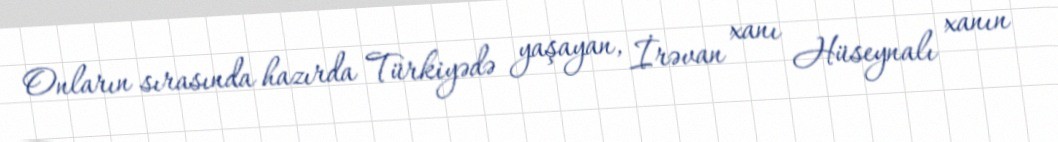
Onların sırasında hazırda Türkiyədə yaşayan, İrəvan xanı Hüseynalı xanın